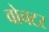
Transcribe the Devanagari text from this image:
वोचटर